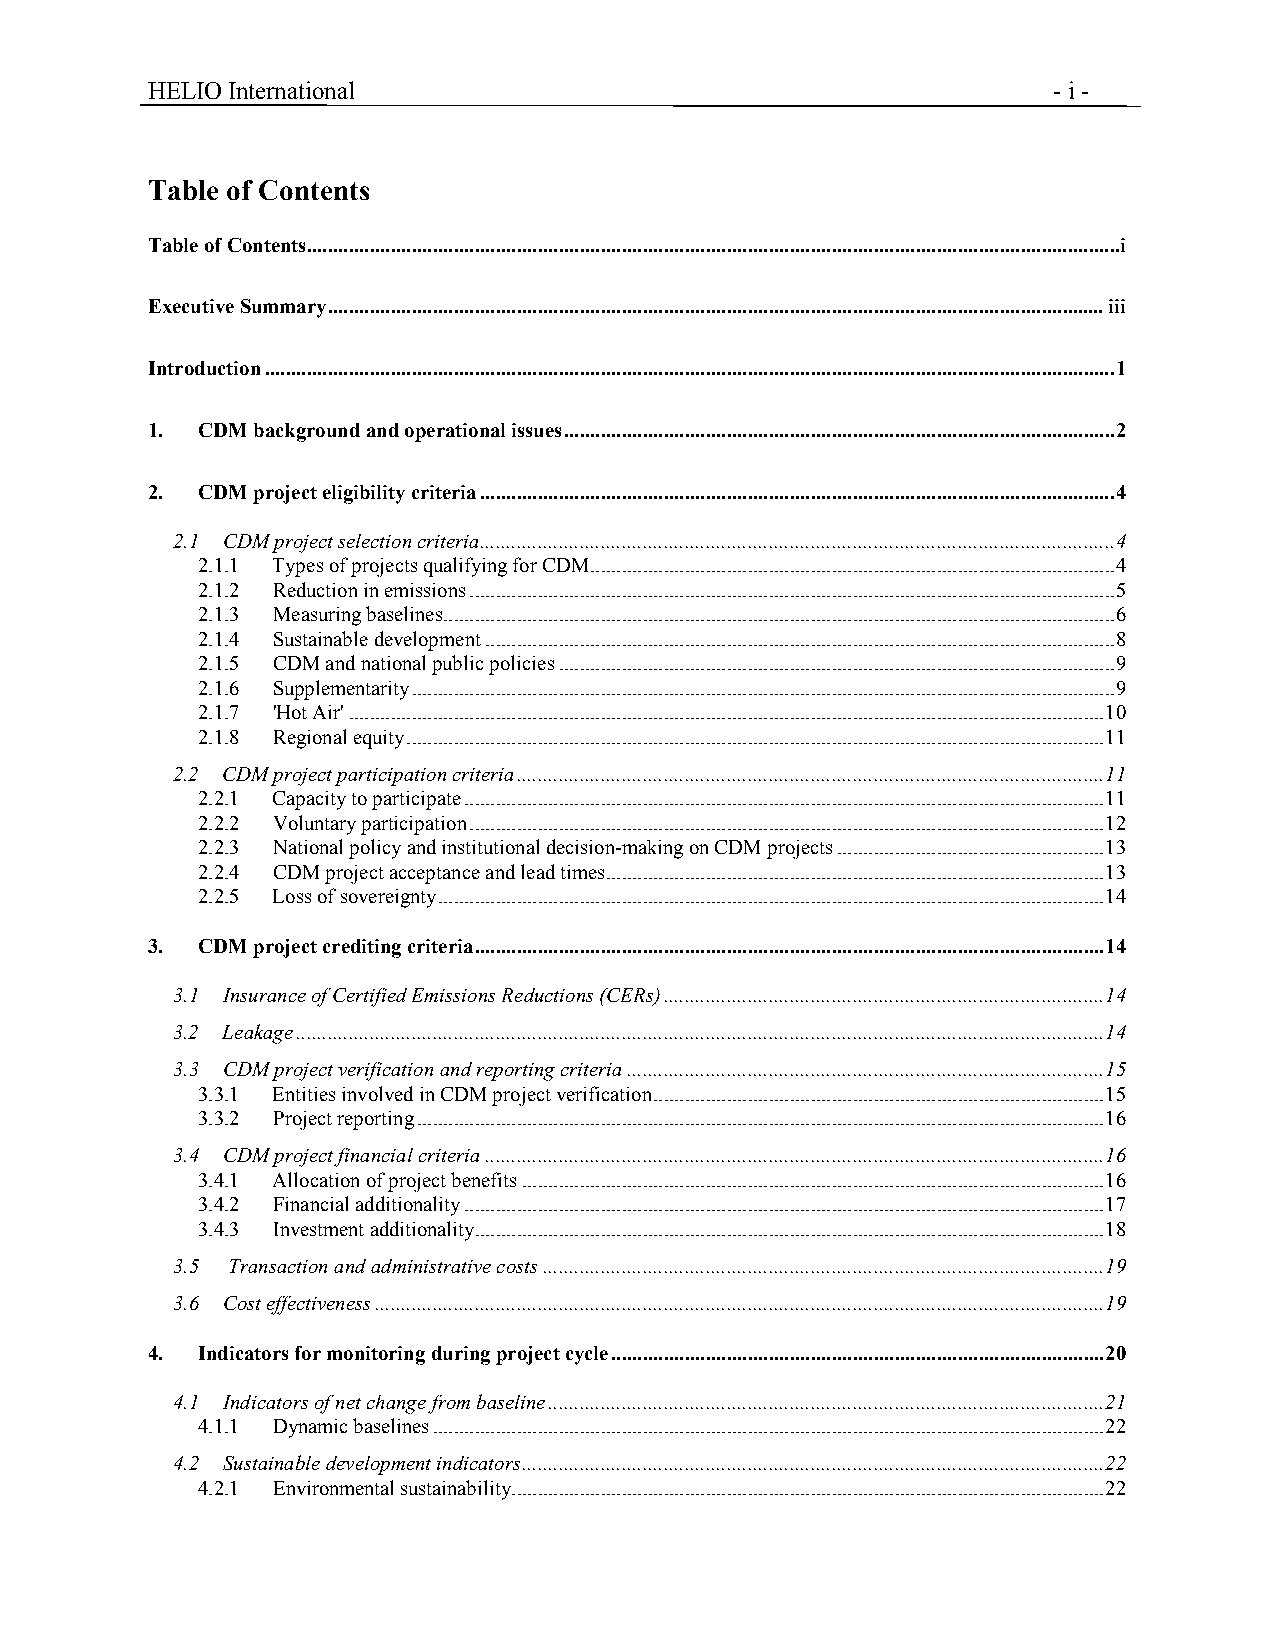
HELIO International                                         - i -
 Table of Contents
 Table of Contents...........................................................................................................................................................i
 Executive Summary....................................................................................................................................................iii
 Introduction..................................................................................................................................................................1
 1. CDM background and operational issues.........................................................................................................2
 2. CDM project eligibility criteria.........................................................................................................................4
 2.1 CDM project selection criteria.........................................................................................................................4
 2.1.1 Types of projects qualifying for CDM....................................................................................................4
 2.1.2 Reduction in emissions...........................................................................................................................5
 2.1.3 Measuring baselines................................................................................................................................6
 2.1.4 Sustainable development........................................................................................................................8
 2.1.5 CDM and national public policies..........................................................................................................9
 2.1.6 Supplementarity......................................................................................................................................9
 2.1.7 'Hot Air'................................................................................................................................................10
 2.1.8 Regional equity.....................................................................................................................................11
 2.2 CDM project participation criteria................................................................................................................11
 2.2.1 Capacity to participate..........................................................................................................................11
 2.2.2 Voluntary participation.........................................................................................................................12
 2.2.3 National policy and institutional decision-making on CDM projects...................................................13
 2.2.4 CDM project acceptance and lead times...............................................................................................13
 2.2.5 Loss of sovereignty...............................................................................................................................14
 3. CDM project crediting criteria........................................................................................................................14
 3.1 Insurance of Certified Emissions Reductions (CERs)....................................................................................14
 3.2 Leakage..........................................................................................................................................................14
 3.3 CDM project verification and reporting criteria...........................................................................................15
 3.3.1 Entities involved in CDM project verification......................................................................................15
 3.3.2 Project reporting...................................................................................................................................16
 3.4 CDM project financial criteria......................................................................................................................16
 3.4.1 Allocation of project benefits...............................................................................................................16
 3.4.2 Financial additionality..........................................................................................................................17
 3.4.3 Investment additionality........................................................................................................................18
 3.5 Transaction and administrative costs...........................................................................................................19
 3.6 Cost effectiveness...........................................................................................................................................19
 4. Indicators for monitoring during project cycle..............................................................................................20
 4.1 Indicators of net change from baseline..........................................................................................................21
 4.1.1 Dynamic baselines................................................................................................................................22
 4.2 Sustainable development indicators...............................................................................................................22
 4.2.1 Environmental sustainability.................................................................................................................22